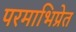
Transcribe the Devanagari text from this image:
परमाभिप्रेत